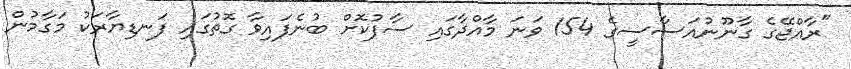
"ރާއްޖޭގެ ގާނޫނުއަސާސީގެ 154 ވަނަ މާއްދާގައި ސާފުކޮށް ބުނެފައިވާ ގޮތުގައި ފަނޑިޔާރަކު މަގާމުން